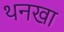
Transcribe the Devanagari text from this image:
थनखा